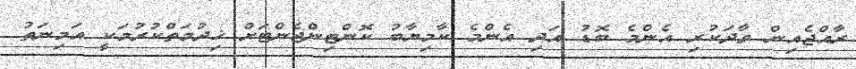
ރާއްޖެއިން ވާދަކުރި އެންމެ ބޮޑު އަދި އެންމެ ކާމިޔާބު ކޮންޓިންޖެންޓަށް ޚިދުމަތްކުރުމަކީ އަމިނަތު